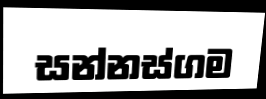
සන්නස්ගම